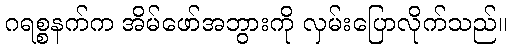
ဂရစ္စနက်က အိမ်ဖော်အဘွားကို လှမ်းပြောလိုက်သည်။